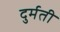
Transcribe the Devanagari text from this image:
दुर्मती